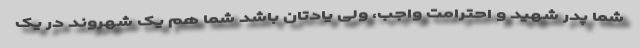
شما پدر شهید و احترامت واجب، ولی یادتان باشد شما هم یک شهروند در یک